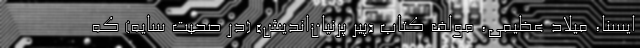
ایسنا، میلاد عظیمی، مولف کتاب «پیر پرنیان‌اندیش» (در صحبت سایه) که